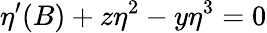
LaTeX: \eta^{\prime}(B)+z\eta^{2}-y\eta^{3}=0